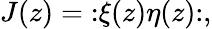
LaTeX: J(z)=\mathopen:\xi(z)\eta(z)\mathclose:,